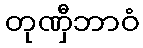
တုဏှီဘာဝံ